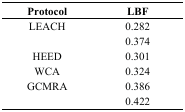
<table><thead><tr><td><b>Protocol</b></td><td><b>LBF</b></td></tr></thead><tbody><tr><td>LEACH</td><td>0.282</td></tr><tr><td>[EMPTY_CELL]</td><td>0.374</td></tr><tr><td>HEED</td><td>0.301</td></tr><tr><td>WCA</td><td>0.324</td></tr><tr><td>GCMRA</td><td>0.386</td></tr><tr><td>[EMPTY_CELL]</td><td>0.422</td></tr></tbody></table>